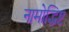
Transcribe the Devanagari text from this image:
नामोद्धिष्ट